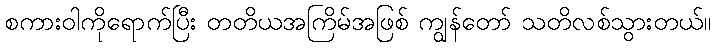
စကားဝါကိုရောက်ပြီး တတိယအကြိမ်အဖြစ် ကျွန်တော် သတိလစ်သွားတယ်။